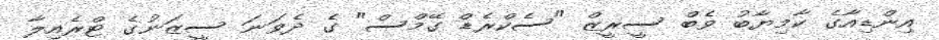
އިންޑިއާގެ ކާމިޔާބު ވެބް ސީރީޒް "ސެކްރެޑް ގޭމްސް" ގެ ދެވަނަ ސީޒަނުގެ ޓްރެއިލާ